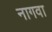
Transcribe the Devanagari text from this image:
नागवा